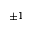
\pm 1